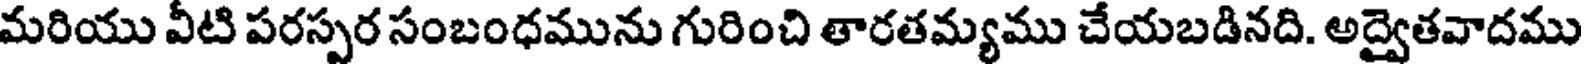
మరియు వీటి పరస్పర సంబంధమును గురించి తారతమ్యము చేయబడినది. అద్వైతవాదము